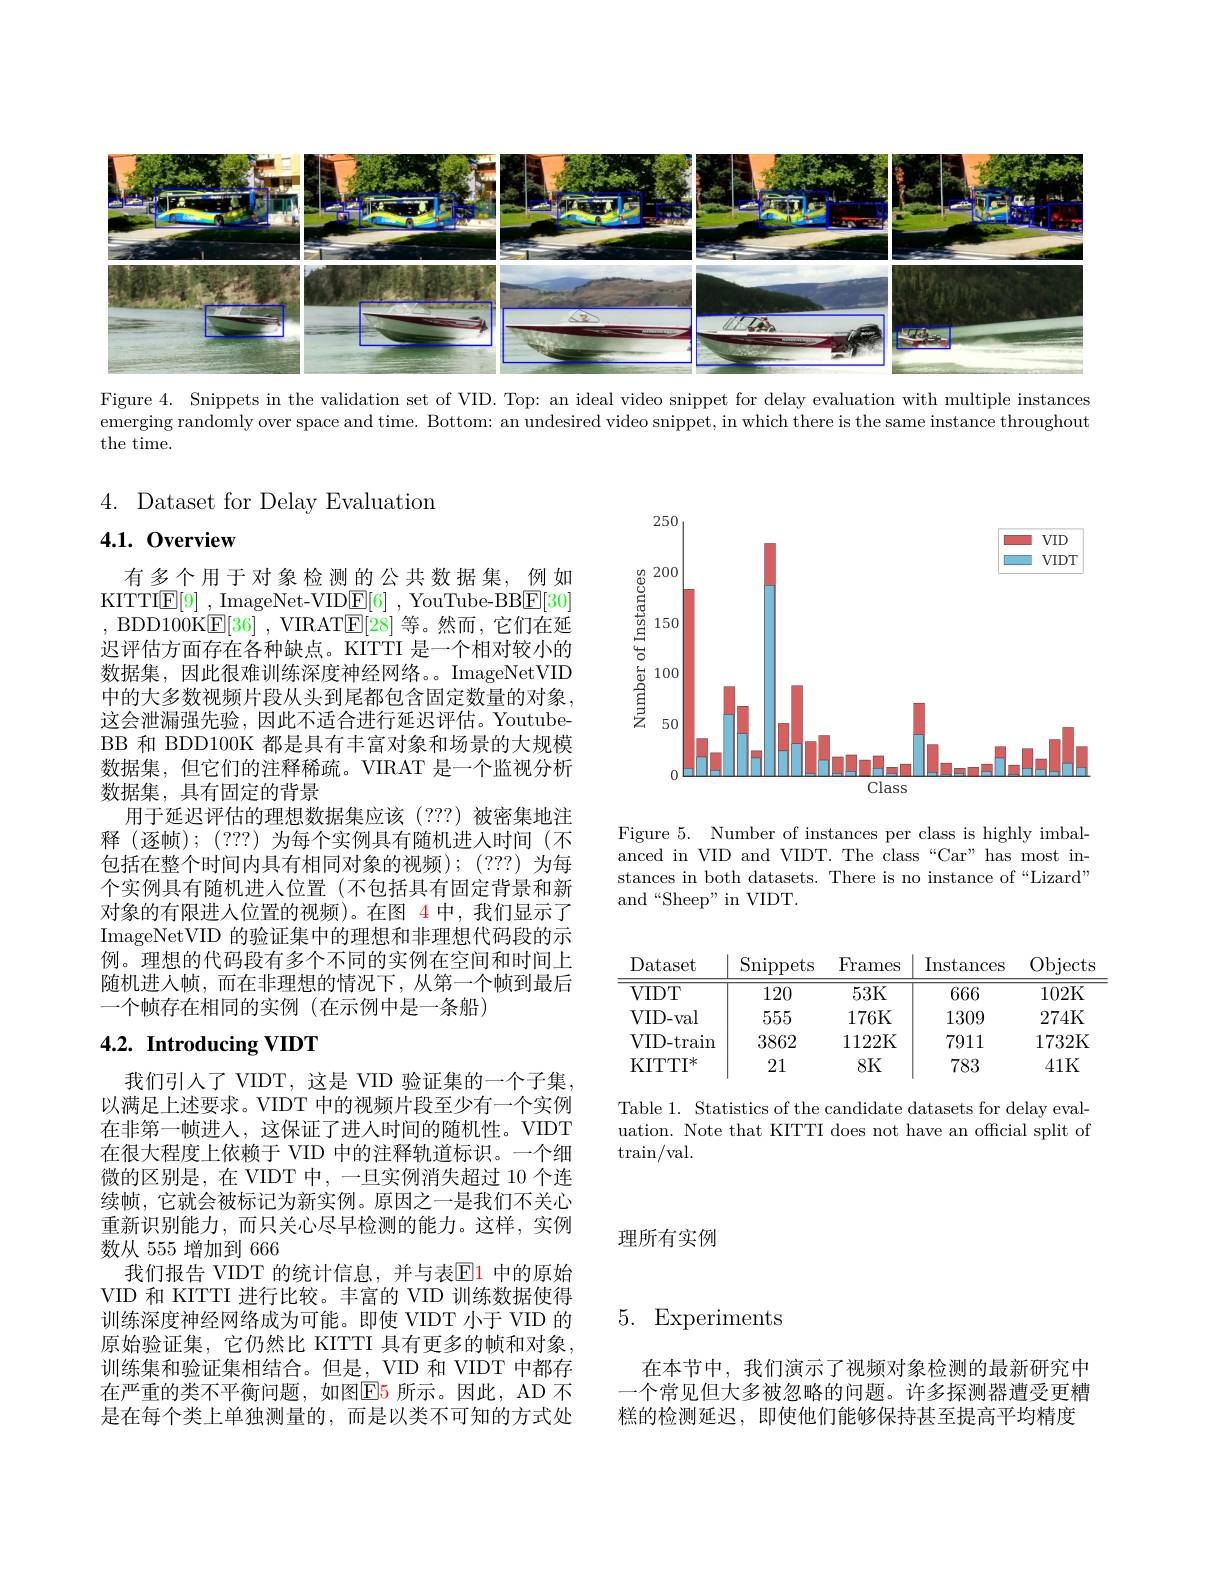
<FigureHere>

Figure 4. Snippets in the validation set of VID. Top: an ideal video snippet for delay evaluation with multiple instances

emerging randomly over space and time. Bottom: an undesired video snippet, in which there is the same instance throughout

${\mathrm{the~time.}}$

4. Dataset for Delay Evaluation

# 4.1.0verview

<FigureHere>

有多个用于对象检测的公共数据集，例如KITTI$\underline {\mathrm{E} }[ 9]$ , ImageNet-VID$\underline {\mathrm{E} }[ 6]$ , YouTube-BB$\underline{\mathrm{E}}[30]$ , BDD100K$\underline{\mathrm{E}}[36]$, VIRATE[28] 等。然而，它们在延迟评估方面存在各种缺点。KITTI 是一个相对较小的数据集，因此很难训练深度神经网络。。ImageNetVID 中的大多数视频片段从头到尾都包含固定数量的对象， 这会泄漏强先验，因此不适合进行延迟评估。YoutubeBB 和 BDD100K 都是具有丰富对象和场景的大规模数据集，但它们的注释稀疏。VIRAT 是一个监视分析数据集，具有固定的背景
用于延迟评估的理想数据集应该(???)被密集地注释(逐帧);(???)为每个实例具有随机进入时间(不包括在整个时间内具有相同对象的视频);(???)为每个实例具有随机进人位置(不包括具有固定背景和新对象的有限进入位置的视频)。在图 4 中，我们显示了ImageNetVID 的验证集中的理想和非理想代码段的示例。理想的代码段有多个不同的实例在空间和时间上随机进入帧，而在非理想的情况下，从第一个帧到最后一个帧存在相同的实例(在示例中是一条船)

Figure 5. Number of instances per class is highly imbalanced in VID and VIDT. The class“Car”has most instances in both datasets. There is no instance of“Lizard” and“Sheep” in VIDT.

<table>
	<tbody>
		<tr>
			<th>Dataset</th>
			<th>$\operatorname{Snippets}$</th>
			<th>Frames</th>
			<th>Instances</th>
			<th>Objects</th>
		</tr>
		<tr>
			<td>$VIDT$</td>
			<td>120</td>
			<td>53K</td>
			<td>666</td>
			<td>102K</td>
		</tr>
		<tr>
			<td>VID- val</td>
			<td>555</td>
			<td>176K</td>
			<td>1309</td>
			<td>274K</td>
		</tr>
		<tr>
			<td>VID- train</td>
			<td>3862</td>
			<td>1122K</td>
			<td>7911</td>
			<td>1732K</td>
		</tr>
		<tr>
			<td>KITTI $X$</td>
			<td>21</td>
			<td>8K</td>
			<td>783</td>
			<td>41K</td>
		</tr>
	</tbody>
</table>

## 4.2. Introducing VIDT

Table 1. Statistics of the candidate datasets for delay evaluation. Note that KITTI does not have an offcial split of $\operatorname{train/val}.$

理所有实例

我们引入了 VIDT, 这是 VID 验证集的一个子集以满足上述要求。VIDT 中的视频片段至少有一个实例在非第一帧进入，这保证了进人时间的随机性。VIDT 在很大程度上依赖于 VID 中的注释轨道标识。一个细微的区别是，在 VIDT 中，一旦实例消失超过 10 个连续帧，它就会被标记为新实例。原因之一是我们不关心重新识别能力，而只关心尽早检测的能力。这样，实例数从 555 增加到 666
我们报告 VIDT 的统计信息，并与表$\mathbb{E}\color{red}1$ 中的原始VID 和 KITTI 进行比较。丰富的 VID 训练数据使得训练深度神经网络成为可能。即使 VIDT 小于 VID 的原始验证集，它仍然比 KITTI 具有更多的帧和对象， 训练集和验证集相结合。但是，VID 和 VIDT 中都存在严重的类不平衡问题，如图$\boxed{\mathrm{F}5}$ 所示。因此，AD 不是在每个类上单独测量的，而是以类不可知的方式处

# 5. Experiments

在本节中，我们演示了视频对象检测的最新研究中一个常见但大多被忽略的问题。许多探测器遭受更糟糕的检测延迟，即使他们能够保持甚至提高平均精度